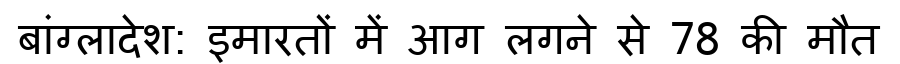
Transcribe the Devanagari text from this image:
बांग्लादेश: इमारतों में आग लगने से 78 की मौत